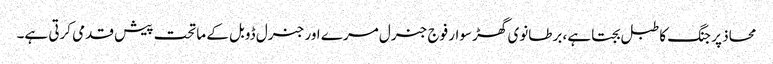
محاذ پر جنگ کا طبل بجتا ہے، برطانوی گھڑ سوار فوج جنرل مرے اور جنرل ڈوبل کے ماتحت پیش قدمی کرتی ہے۔